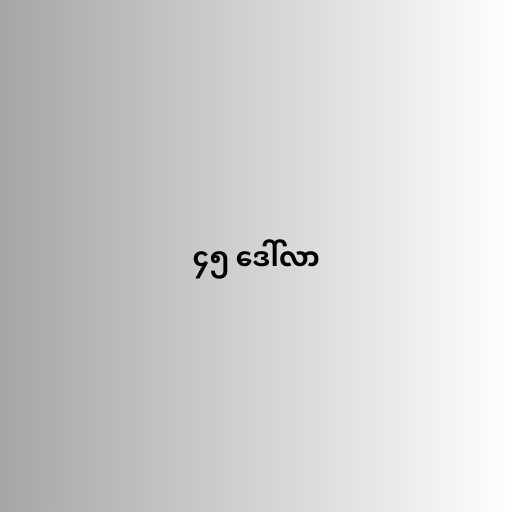
၄၅ ဒေါ်လာ